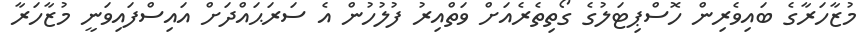
މުޒާހަރާގެ ބައިވެރިން ހޮސްޕިޓަލުގެ ގޯތިތެރެއަށް ވަތްއިރު ފުލުހުން އެ ސަރަޙައްދަށް އައިސްފައިވަނީ މުޒާހަރާ